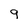
Character: 9